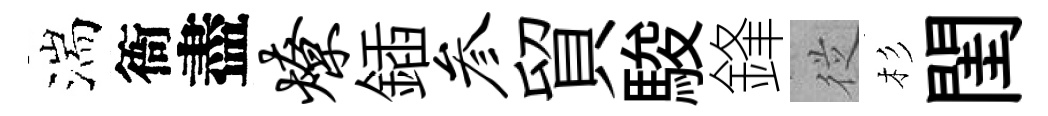
湍衙盡燎鍤参貿駿鋒従杉閨